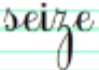
seize